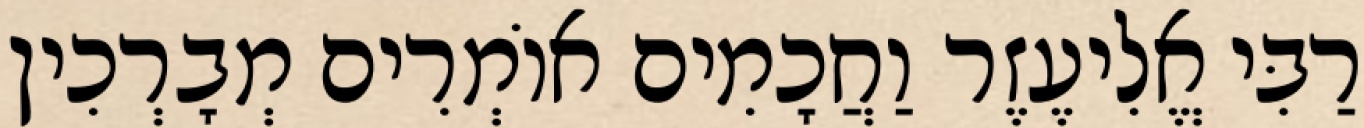
רַבִּי אֱלִיעֶזֶר וַחֲכָמִים אוֹמְרִים מְבָרְכִין